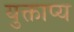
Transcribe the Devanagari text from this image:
युक्ताप्य